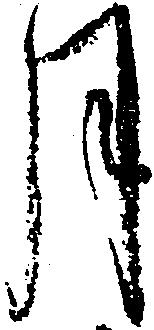
月